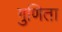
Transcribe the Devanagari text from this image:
गुणिता